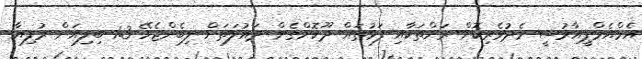
އެމްއެމްޕީއާރުސީ މެދުވެރިކޮށް ރަށްތަކާއި ފަޅުތައް ދޫކޮށްގެން ދައުލަތަށް ލިބެންޖެހޭ 1.3 ބިލިއަން ރުފިޔާ